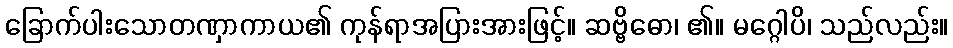
ခြောက်ပါးသောတဏှာကာယ၏ ကုန်ရာအပြားအားဖြင့်။ ဆဗ္ဗိဓော၊ ၏။ မဂ္ဂေါပိ၊ သည်လည်း။